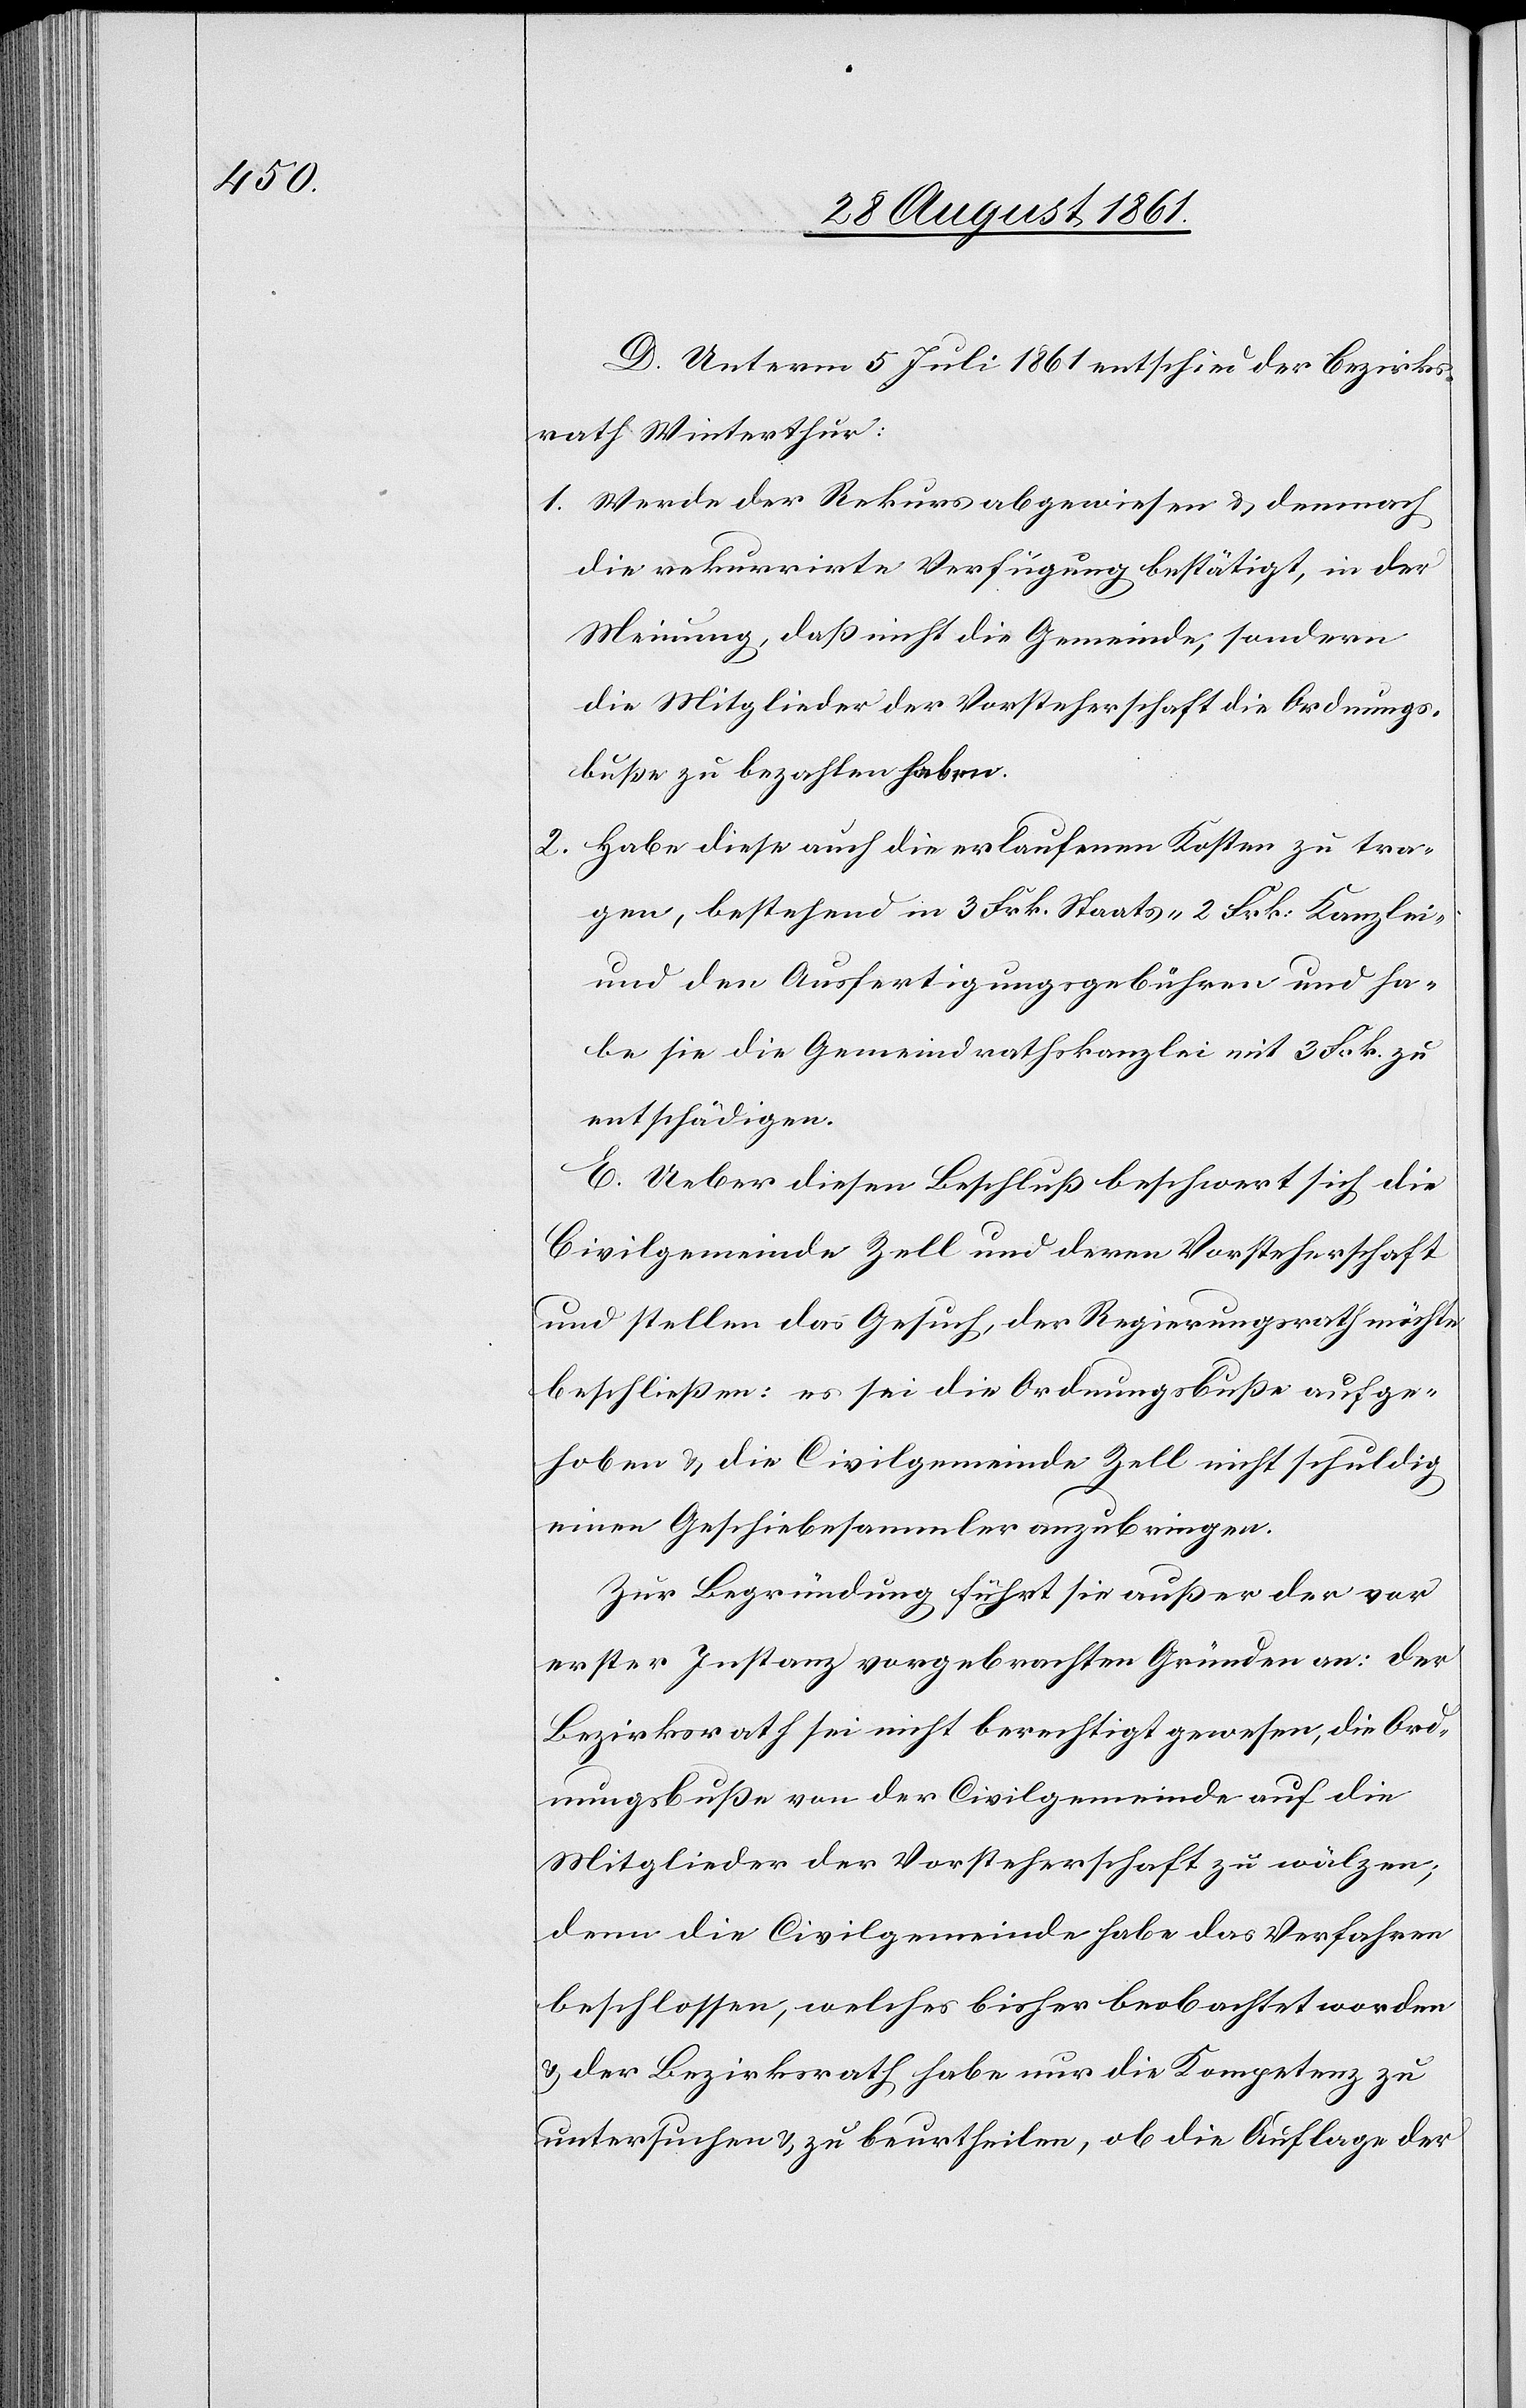
D. Unterm 5 Juli 1861 entschied der Bezirks¬
rath Winterthur.
1. Werde der Rekurs abgewiesen u. demnach
die rekurrirte Verfügung bestätigt, in der
Meinung, daß nicht die Gemeinde, sondern
die Mitglieder der Vorsteherschaft die Ordnungs¬
buße zu bezahlen haben.
2. Habe diese auch die erlaufenen Kosten zu tra¬
gen, bestehend in 3 Frk. Staats- 2 Frk. Kanzlei-
und den Ausfertigungsgebühren und ha¬
be sie die Gemeindrathskanzlei mit 3 Frk. zu
entschädigen.
E. Ueber diesen Beschluß beschwert sich die
Civilgemeinde Zell und deren Vorsteherschaft
und stellen das Gesuch, der Regierungsrath möchte
beschließen: es sei die Ordnungsbuße aufge¬
hoben u. die Civilgemeinde Zell nicht schuldig
einen Geschiebesammler anzubringen.
Zur Begründung führt sie außer der [sic!]
erster Instanz vorgebrachten Gründen an: der
Bezirksrath sei nicht berechtigt gewesen, die Ord¬
nungsbuße von der Civilgemeinde auf die
Mitglieder der Vorsteherschaft zu wälzen;
denn die Civilgemeinde habe das Verfahren
beschlossen, welches bisher beobachtet worden
u. der Bezirksrath habe nur die Kompetenz zu
untersuchen u. zu beurtheilen, ob die Auflage der